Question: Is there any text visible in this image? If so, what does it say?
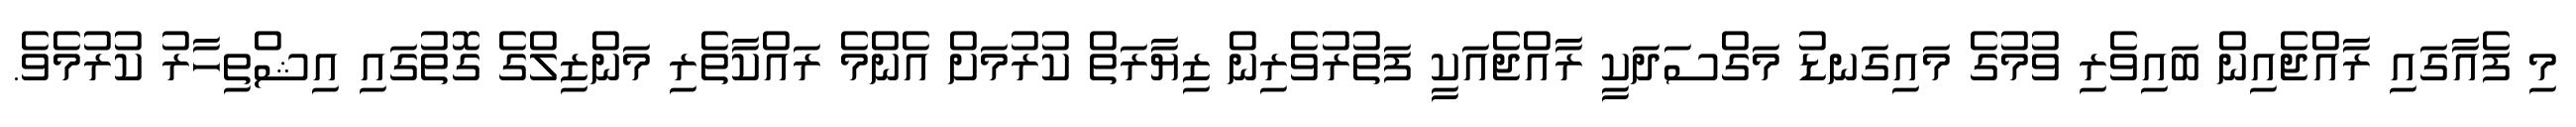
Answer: މި ފެއާގައި ރާއްޖެއިން ބައިވެރި ވުމުގެ މައިގަނޑު މަގްސަދަކީ ރާއްޖެއަކީ ފަތުރުވެރިން ޒިޔާރަތް ކުރުމަށް އެންމެ ރައްކާތެރި މަންޒިލްގެ ގޮތުގައި އިޝްތިހާރު ކުރުމެވެ.